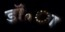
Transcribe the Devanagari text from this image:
डॉ॰ा